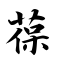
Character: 葆